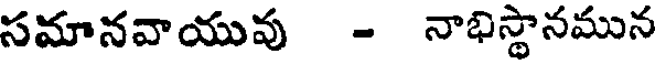
సమానవాయువు - నాభిస్థానమున